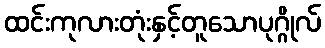
ထင်းကုလားတုံးနှင့်တူသောပုဂ္ဂိုလ်